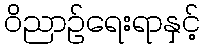
ဝိညာဉ်ရေးရာနှင့်